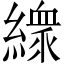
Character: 𱺇